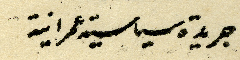
جريدة سياسية عمرانية